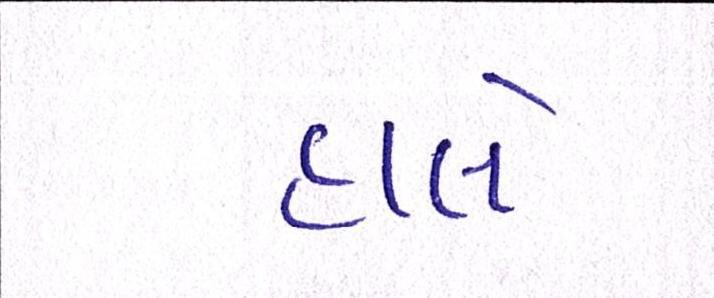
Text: હાલે